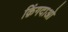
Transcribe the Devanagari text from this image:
क़िंगदाओ